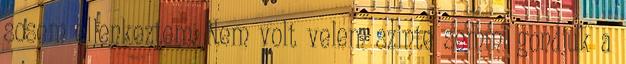
sosem ellenkeztem. Nem volt velem szinte semmi gondjuk a